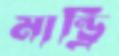
মান্ড্রি